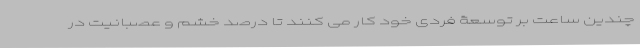
چندین ساعت بر توسعۀ فردی خود کار می­ کنند تا درصد خشم و عصبانیت در